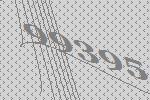
99395